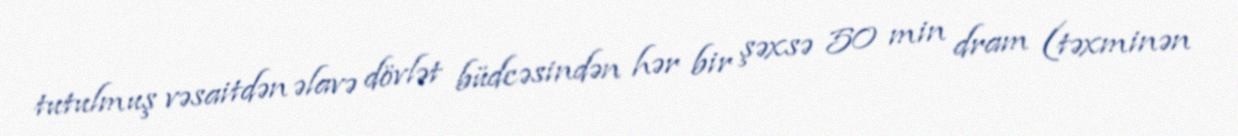
tutulmuş vəsaitdən əlavə dövlət büdcəsindən hər bir şəxsə 50 min dram (təxminən